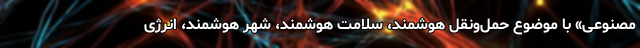
مصنوعی» با موضوع حمل‌ونقل هوشمند، سلامت هوشمند، شهر هوشمند، انرژی